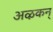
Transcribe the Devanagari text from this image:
अऴकन्